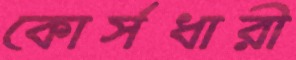
কোর্সধারী